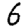
Digit: 6